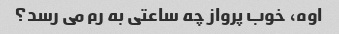
اوه، خوب پرواز چه ساعتی به رم می رسد؟